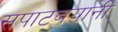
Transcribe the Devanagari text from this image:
सपाटबयानी